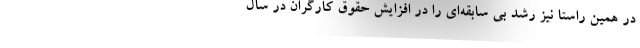
در همین راستا نیز رشد بی سابقه‌ای را در افزایش حقوق کارگران در سال